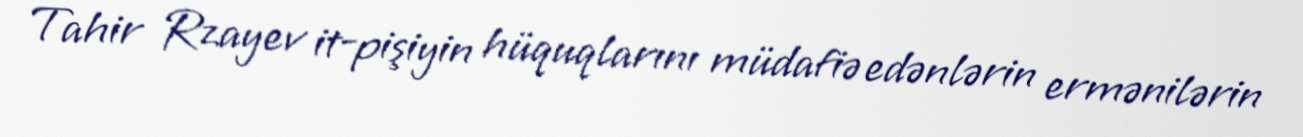
Tahir Rzayev it-pişiyin hüquqlarını müdafiə edənlərin ermənilərin